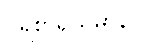
ပရိစာရယမာနာ